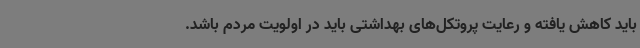
باید کاهش یافته و رعایت پروتکل‌های بهداشتی باید در اولویت مردم باشد.